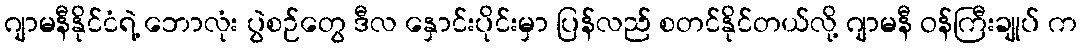
ဂျာမနီနိုင်ငံရဲ့ ဘောလုံး ပွဲစဉ်တွေ ဒီလ နှောင်းပိုင်းမှာ ပြန်လည် စတင်နိုင်တယ်လို့ ဂျာမနီ ဝန်ကြီးချုပ် က